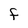
Character: f